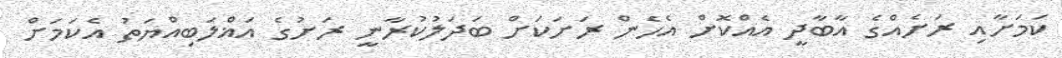
ކަމަށާއި ރަށެއްގެ އާބާދީ އެއްކޮށް އެހެން ރަށަކަށް ބަދަލުކުރާނީ ރަށުގެ އަޣްލަބިއްޔަތު އެކަމަށް